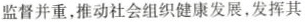
监督并重，推动社会组织健康发展，发挥其